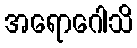
အရောဂေါသိ